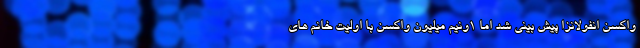
واکسن انفولانزا پیش بینی شد اما ۱ونیم میلیون واکسن با اولیت خانم های